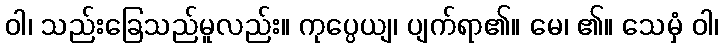
ဝါ၊ သည်းခြေသည်မူလည်း။ ကုပ္ပေယျ၊ ပျက်ရာ၏။ မေ၊ ၏။ သေမှံ ဝါ၊